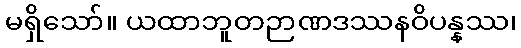
မရှိသော်။ ယထာဘူတဉာဏဒဿနဝိပန္နဿ၊